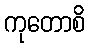
ကုတောစိ